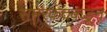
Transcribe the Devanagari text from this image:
समरकंदकडून